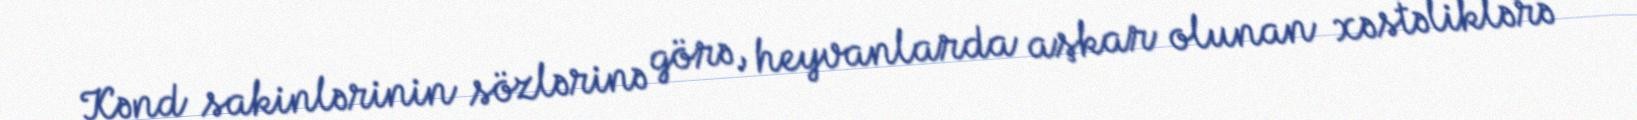
Kənd sakinlərinin sözlərinə görə, heyvanlarda aşkar olunan xəstəliklərə